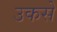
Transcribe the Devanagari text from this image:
उकसे